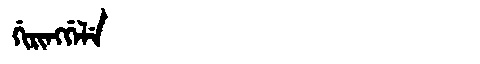
Manchu: ᡤᡳᡵᡳᠩᡤᡝᠯᡝ
Romanization: GIRINGGELE